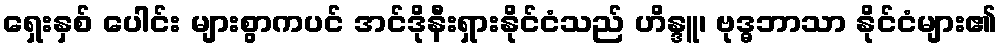
ရှေးနှစ် ပေါင်း များစွာကပင် အင်ဒိုနီးရှားနိုင်ငံသည် ဟိန္ဒူ၊ ဗုဒ္ဓဘာသာ နိုင်ငံများ၏